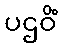
ပဌဝိံ